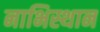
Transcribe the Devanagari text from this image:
नाभिस्थान